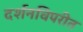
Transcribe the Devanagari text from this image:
दर्शनविपरीत